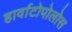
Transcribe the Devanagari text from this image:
हार्वाटोपोलोस